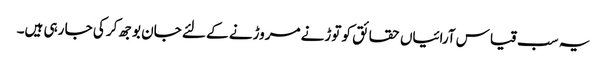
یہ سب قیاس آرائیاں حقائق کو توڑنے مروڑنے کے لئے جان بوجھ کر کی جا رہی ہیں۔